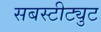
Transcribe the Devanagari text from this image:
सबस्टीट्युट